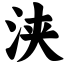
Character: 浃